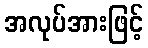
အလုပ်အားဖြင့်